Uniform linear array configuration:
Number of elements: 8
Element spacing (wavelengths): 0.75
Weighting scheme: blackman
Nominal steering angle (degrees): -30
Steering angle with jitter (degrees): -30.71
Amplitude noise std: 0.05
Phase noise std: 0.05

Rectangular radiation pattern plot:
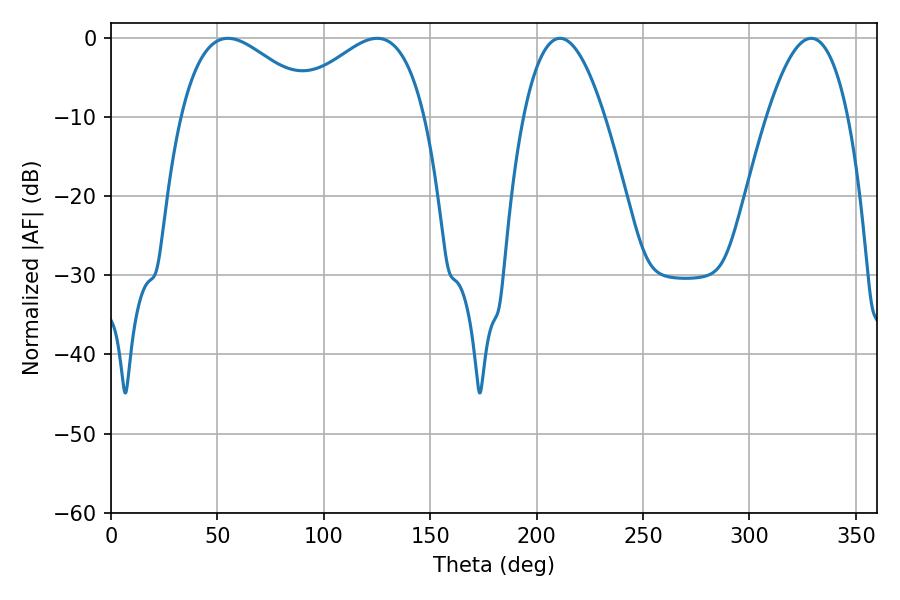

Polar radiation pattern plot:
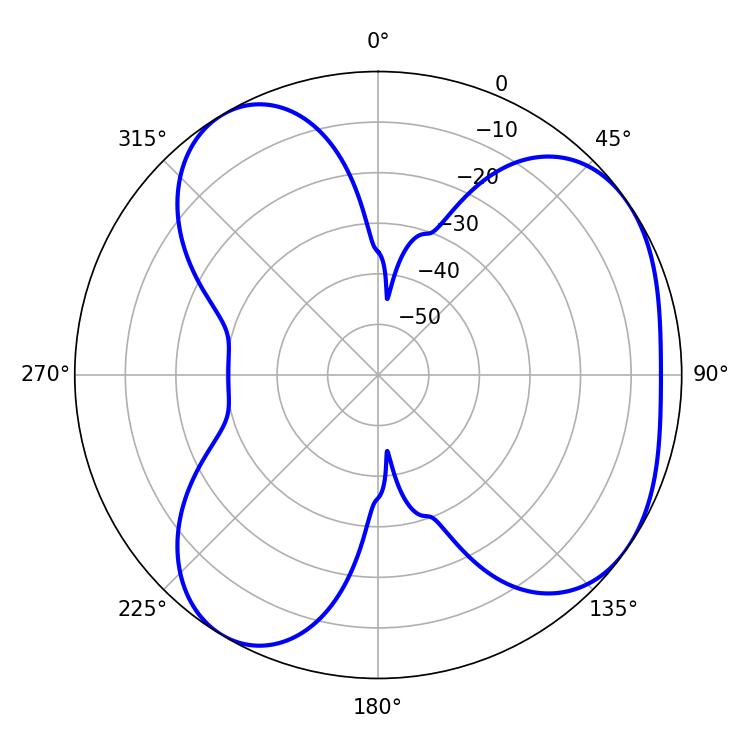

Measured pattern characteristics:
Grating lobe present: TRUE
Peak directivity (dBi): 4.829
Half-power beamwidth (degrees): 21.06
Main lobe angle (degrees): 329.04